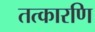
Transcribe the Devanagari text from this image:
तत्कारणि